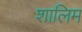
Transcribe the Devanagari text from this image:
शालिम